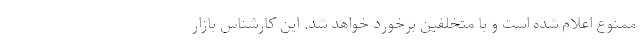
ممنوع اعلام شده است و با متخلفین برخورد خواهد شد. این کارشناس بازار